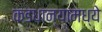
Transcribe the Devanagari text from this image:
कडधान्यामध्ये